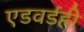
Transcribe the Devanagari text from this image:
एडवर्डही